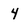
Character: 4